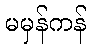
မမှန်ကန်